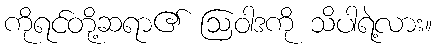
ကိုရင်တို့ဆရာ၏ ဩဝါဒကို သိပါရဲ့လား။